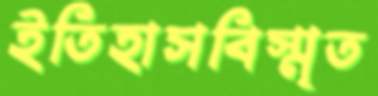
ইতিহাসবিস্মৃত